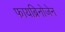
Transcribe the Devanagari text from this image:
फायब्रिनोजेन